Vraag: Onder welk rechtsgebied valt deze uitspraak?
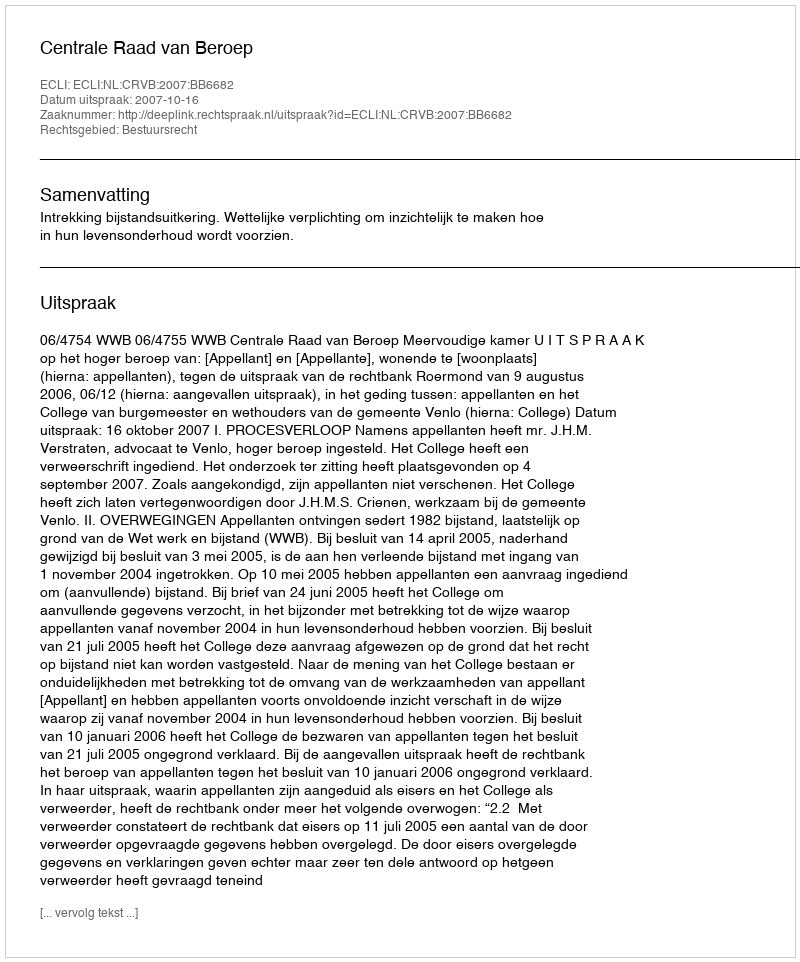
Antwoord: Bestuursrecht